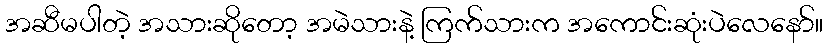
အဆီမပါတဲ့ အသားဆိုတော့ အမဲသားနဲ့ ကြက်သားက အကောင်းဆုံးပဲလေနော်။